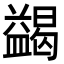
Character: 𭾓